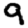
Digit: 9